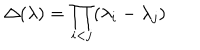
\Delta ( \lambda ) = \prod _ { i < j } ( \lambda _ { i } - \lambda _ { j } )